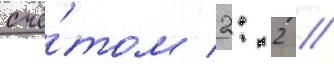
счё́том 2: 2 /